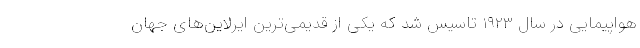
هواپیمایی در سال ۱۹۲۳ تاسیس شد که یکی از قدیمی‌ترین ایرلاین‌های جهان